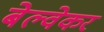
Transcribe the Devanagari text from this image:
बेल्वेकर